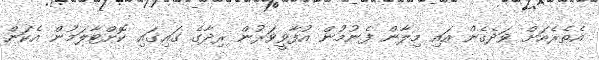
އެތެރެއަށް ވަދެގެން އައި މިލާން ފެނުމުން އުފާވީވަރުން ރިދާގެ ގައިގައި ކޮށްޓާލަމުން އެކަން